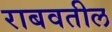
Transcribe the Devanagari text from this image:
राबवतील